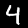
Digit: 4